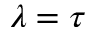
\lambda = \tau